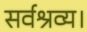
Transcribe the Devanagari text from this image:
सर्वश्रव्य।